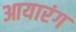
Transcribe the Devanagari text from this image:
आयारंग